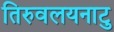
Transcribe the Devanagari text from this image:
तिरुवलयनाटु